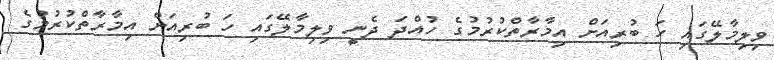
ވިލިމާލޭގައި ހަ ބުރިއަށް އިމާރާތްކުރުމުގެ ހުއްދަ ދެނީ ވިލިމާލޭގައި ހަ ބުރިއަށް އިމާރާތްކުރުމުގެ